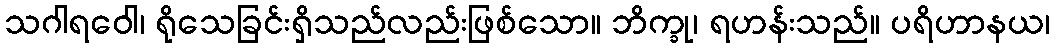
သဂါရဝေါ၊ ရိုသေခြင်းရှိသည်လည်းဖြစ်သော။ ဘိက္ခု၊ ရဟန်းသည်။ ပရိဟာနယ၊